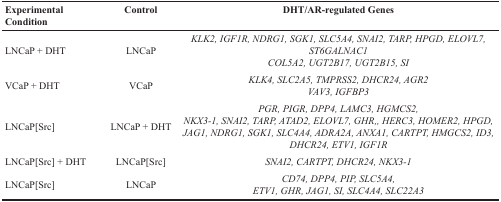
<table><thead><tr><td><b>Experimental Condition</b></td><td><b>Control</b></td><td><b>DHT/AR-regulated Genes</b></td></tr></thead><tbody><tr><td>LNCaP + DHT</td><td>LNCaP</td><td><i>KLK2, IGF1R, NDRG1, SGK1, SLC5A4, SNAI2, TARP, HPGD, ELOVL7, ST6GALNAC1COL5A2, UGT2B17, UGT2B15, SI</i></td></tr><tr><td>VCaP + DHT</td><td>VCaP</td><td><i>KLK4, SLC2A5, TMPRSS2, DHCR24, AGR2VAV3, IGFBP3</i></td></tr><tr><td>LNCaP[Src]</td><td>LNCaP + DHT</td><td><i>PGR, PIGR, DPP4, LAMC3, HGMCS2,NKX3-1, SNAI2, TARP, ATAD2, ELOVL7, GHR,, HERC3, HOMER2, HPGD, JAG1, NDRG1, SGK1, SLC4A4, ADRA2A, ANXA1, CARTPT, HMGCS2, ID3, DHCR24, ETV1, IGF1R</i></td></tr><tr><td>LNCaP[Src] + DHT</td><td>LNCaP[Src]</td><td><i>SNAI2, CARTPT, DHCR24, NKX3-1</i></td></tr><tr><td>LNCaP[Src]</td><td>LNCaP</td><td><i>CD74, DPP4, PIP, SLC5A4,ETV1, GHR, JAG1, SI, SLC4A4, SLC22A3</i></td></tr></tbody></table>